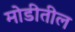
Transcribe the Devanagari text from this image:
मोडीतील